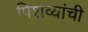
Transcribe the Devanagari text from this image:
पिशव्यांची